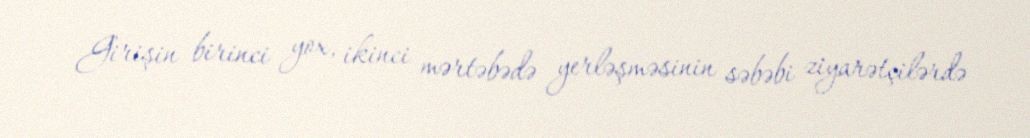
Girişin birinci yox, ikinci mərtəbədə yerləşməsinin səbəbi ziyarətçilərdə